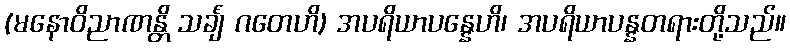
(မနောဝိညာဏန္တိ သင်္ချံ ဂတေဟိ) အပရိယာပန္နေဟိ၊ အပရိယာပန္နတရားတို့သည်။